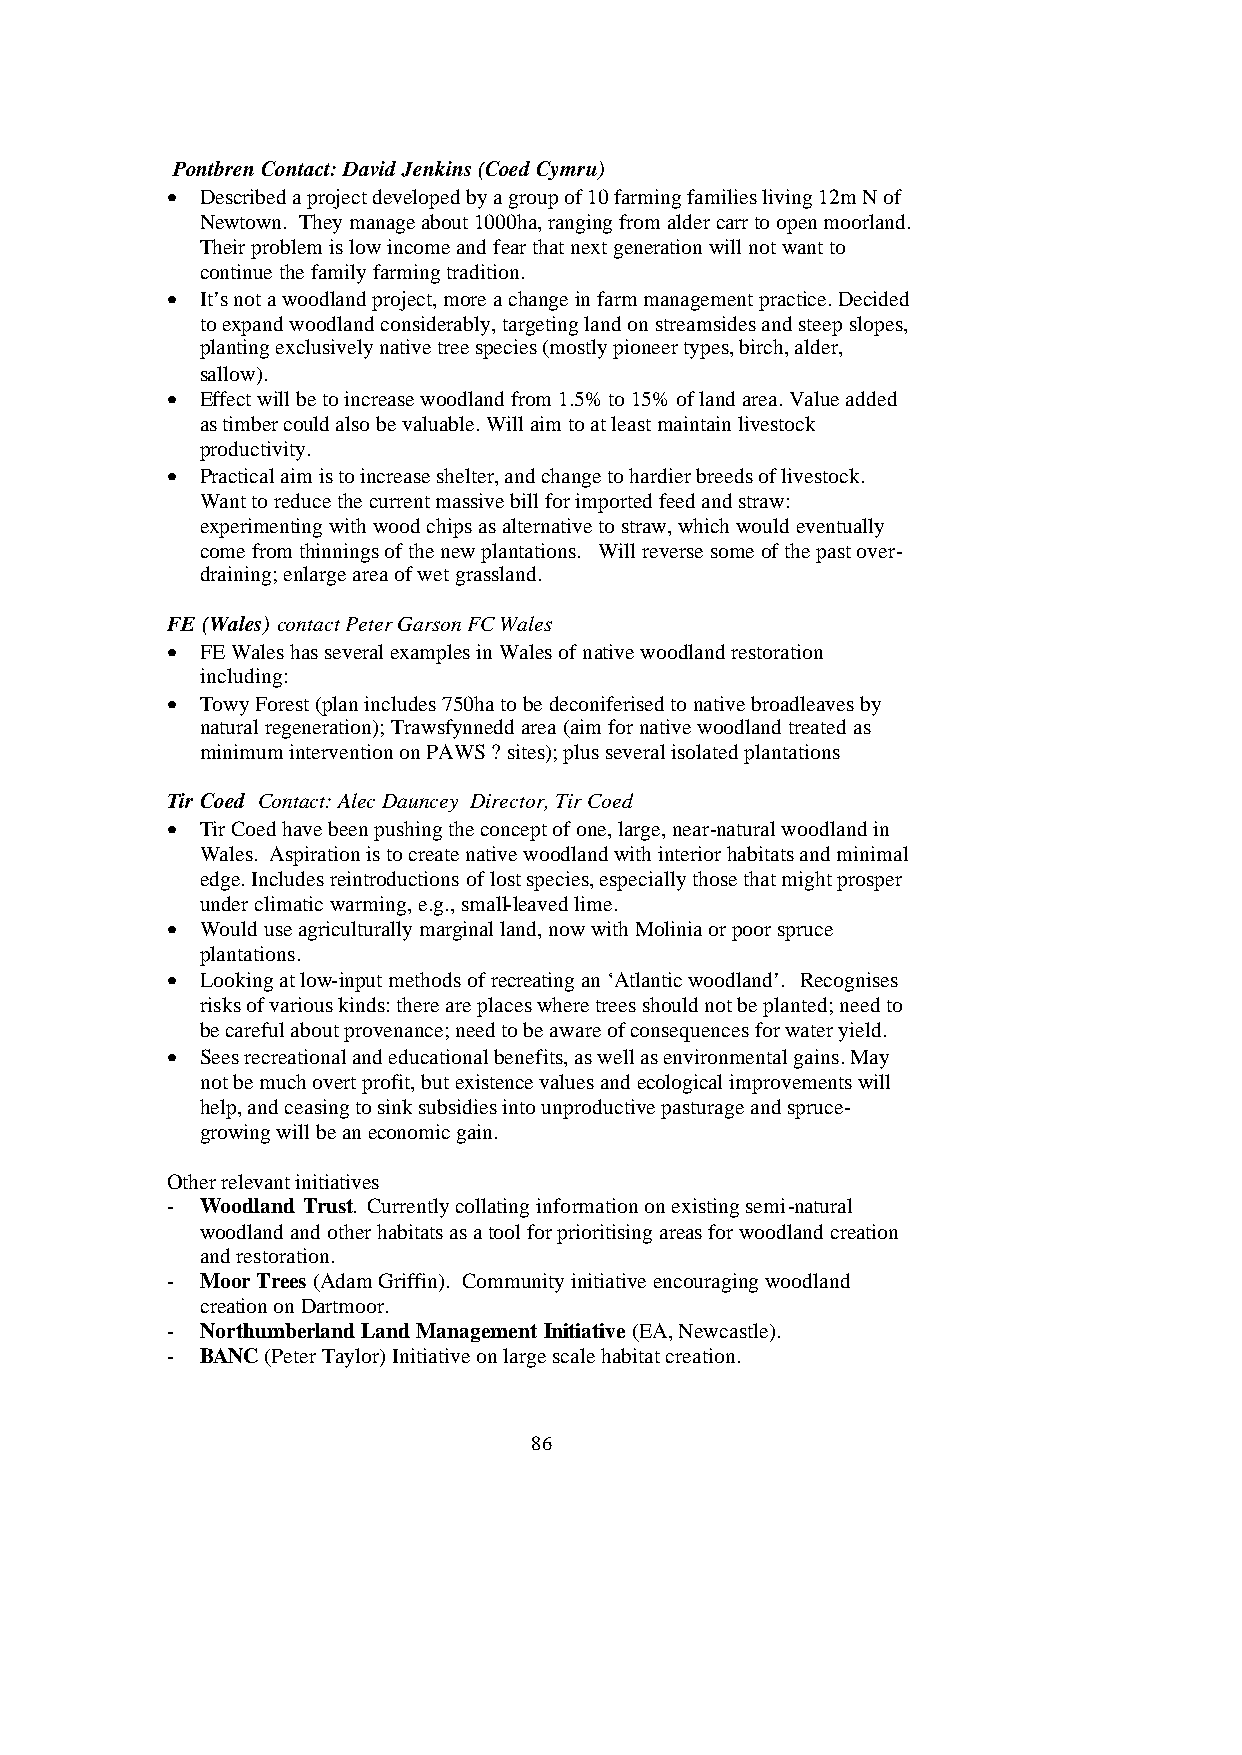
Pontbren Contact: David Jenkins (Coed Cymru)
 • Described a project developed by a group of 10 farming families living 12m N of
 Newtown. They manage about 1000ha, ranging from alder carr to open moorland.
 Their problem is low income and fear that next generation will not want to
 continue the family farming tradition.
 • It’s not a woodland project, more a change in farm management practice. Decided
 to expand woodland considerably, targeting land on streamsides and steep slopes,
 planting exclusively native tree species (mostly pioneer types, birch, alder,
 sallow).
 • Effect will be to increase woodland from 1.5% to 15% of land area. Value added
 as timber could also be valuable. Will aim to at least maintain livestock
 productivity.
 • Practical aim is to increase shelter, and change to hardier breeds of livestock.
 Want to reduce the current massive bill for imported feed and straw:
 experimenting with wood chips as alternative to straw, which would eventually
 come from thinnings of the new plantations. Will reverse some of the past over-
 draining; enlarge area of wet grassland.
 FE (Wales) contact Peter Garson FC Wales
 • FE Wales has several examples in Wales of native woodland restoration
 including:
 • Towy Forest (plan includes 750ha to be deconiferised to native broadleaves by
 natural regeneration); Trawsfynnedd area (aim for native woodland treated as
 minimum intervention on PAWS ? sites); plus several isolated plantations
 Tir Coed Contact: Alec Dauncey Director, Tir Coed
 • Tir Coed have been pushing the concept of one, large, near-natural woodland in
 Wales. Aspiration is to create native woodland with interior habitats and minimal
 edge. Includes reintroductions of lost species, especially those that might prosper
 under climatic warming, e.g., small-leaved lime.
 • Would use agriculturally marginal land, now with Molinia or poor spruce
 plantations.
 • Looking at low-input methods of recreating an ‘Atlantic woodland’. Recognises
 risks of various kinds: there are places where trees should not be planted; need to
 be careful about provenance; need to be aware of consequences for water yield.
 • Sees recreational and educational benefits, as well as environmental gains. May
 not be much overt profit, but existence values and ecological improvements will
 help, and ceasing to sink subsidies into unproductive pasturage and spruce-
 growing will be an economic gain.
 Other relevant initiatives
 - Woodland Trust. Currently collating information on existing semi-natural
 woodland and other habitats as a tool for prioritising areas for woodland creation
 and restoration.
 - Moor Trees (Adam Griffin). Community initiative encouraging woodland
 creation on Dartmoor.
 - Northumberland Land Management Initiative (EA, Newcastle).
 - BANC (Peter Taylor) Initiative on large scale habitat creation.
 86